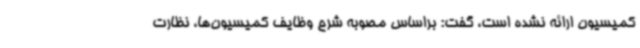
کمیسیون ارائه نشده است، گفت: براساس مصوبه شرح وظایف کمیسیون‌ها، نظارت